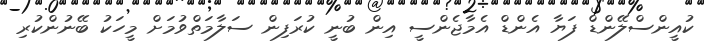
ކުއީންސްލޭންޑް ފަޔާ އެންޑް އެމާޖެންސީ އިން ބުނީ ކުރަފިން ސަލާމަތްވުމަށް މީހަކު ބޭނުންކުރި